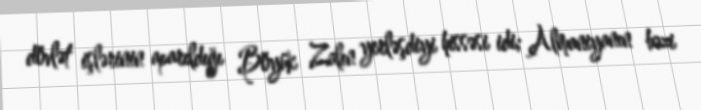
dövlət işlərinin aparıldığı Böyük Zalın yerləşdiyi hissəsi idi; Almaniyanın bəzi